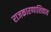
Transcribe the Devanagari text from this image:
राजकारणाशिवाय